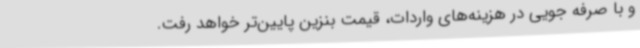
و با صرفه جویی در هزینه‌های واردات، قیمت بنزین پایین‌تر خواهد رفت.